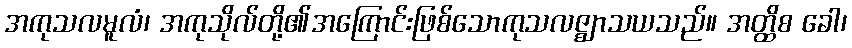
အကုသလမူလံ၊ အကုသိုလ်တို့၏အကြောင်းဖြစ်သောကုသလဇ္ဈာသယသည်။ အတ္ထိစ ခေါ၊